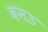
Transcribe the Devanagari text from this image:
वनउ